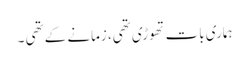
ہماری بات تھوڑی تھی، زمانے کے تھی ۔